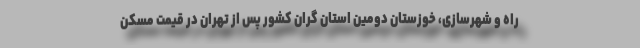
راه و شهرسازی، خوزستان دومین استان گران کشور پس از تهران در قیمت مسکن